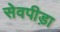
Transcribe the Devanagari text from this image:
सेवपीड़ा